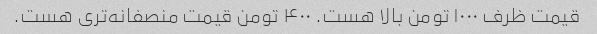
قیمت ظرف ۱۰۰۰ تومن بالا هست. ۴۰۰ تومن قیمت منصفانه‌تری هست.